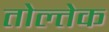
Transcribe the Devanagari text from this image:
तोल्तेक